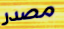
مصدر